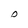
Character: D